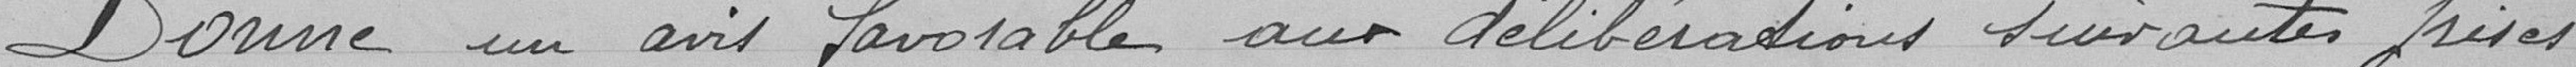
Donne un avis favorable aux délibérations suivantes prises